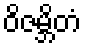
ဝိဇမ္ဘိတံ